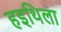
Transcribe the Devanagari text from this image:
हइथिला